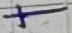
Text: +